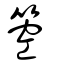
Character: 箜